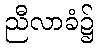
ညီလာခံ၌